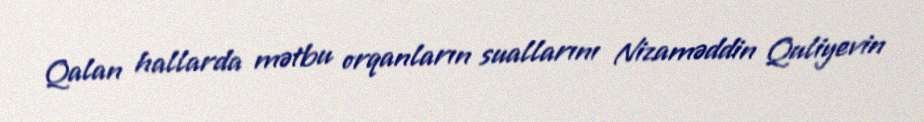
Qalan hallarda mətbu orqanların suallarını Nizaməddin Quliyevin